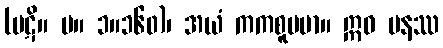
(ပဋိ။ မ။ ၁။၁၆၀)၊ အယံ ကကစူပမာ။ ဣဓ ပနဿ